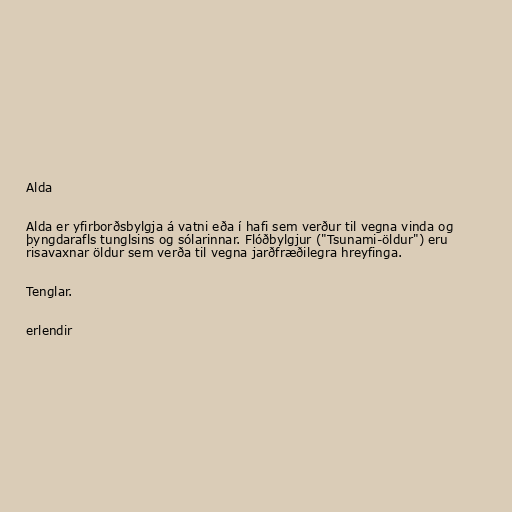
Alda

Alda er yfirborðsbylgja á vatni eða í hafi sem verður til vegna vinda og
þyngdarafls tunglsins og sólarinnar. Flóðbylgjur ("Tsunami-öldur") eru
risavaxnar öldur sem verða til vegna jarðfræðilegra hreyfinga.

Tenglar.

erlendir